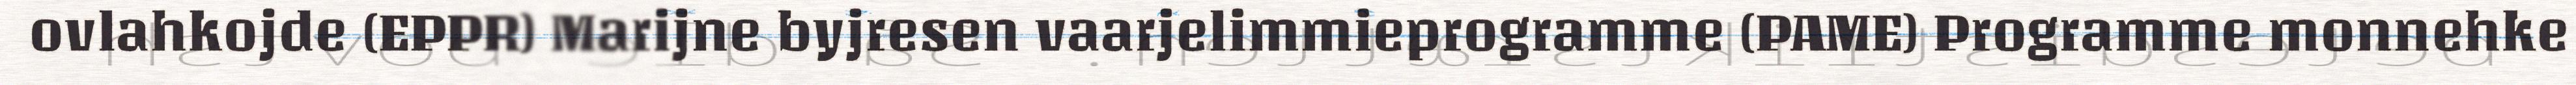
ovlahkojde (EPPR) Marijne byjresen vaarjelimmieprogramme (PAME) Programme monnehke